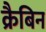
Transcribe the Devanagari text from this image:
क्रैबिन